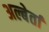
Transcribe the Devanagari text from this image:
अल्बेर्ता